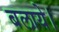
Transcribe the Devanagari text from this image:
बलाये।